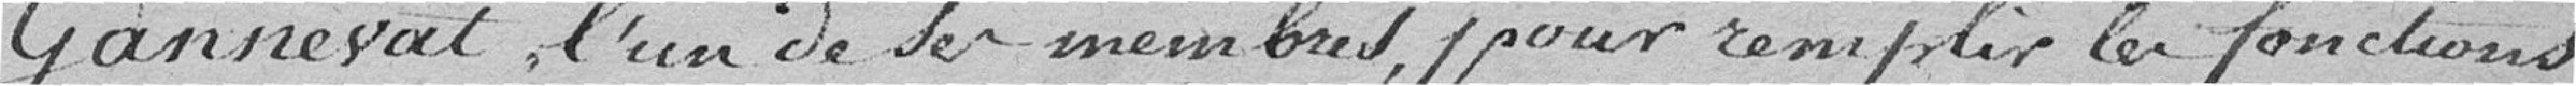
de Secrétaire dudit Conseil en remplacement de Monsieur